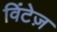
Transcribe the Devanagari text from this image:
विंटेज़